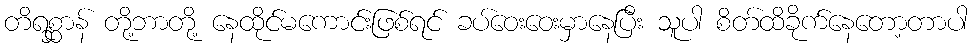
တိရစ္ဆာန် တို့ဘာတို့ နေထိုင်မကောင်းဖြစ်ရင် ခပ်ဝေးဝေးမှာနေပြီး သူပါ စိတ်ထိခိုက်နေတော့တာပါ